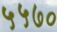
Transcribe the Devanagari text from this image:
५५७०